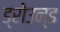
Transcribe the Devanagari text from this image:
ड्रोउन्ड